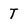
Character: T